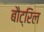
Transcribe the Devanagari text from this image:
बौट्रिल